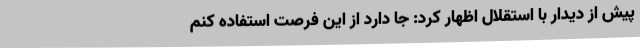
پیش از دیدار با استقلال اظهار کرد:‌ جا دارد از این فرصت استفاده کنم